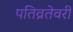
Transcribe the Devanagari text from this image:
पतिव्रतेवरी